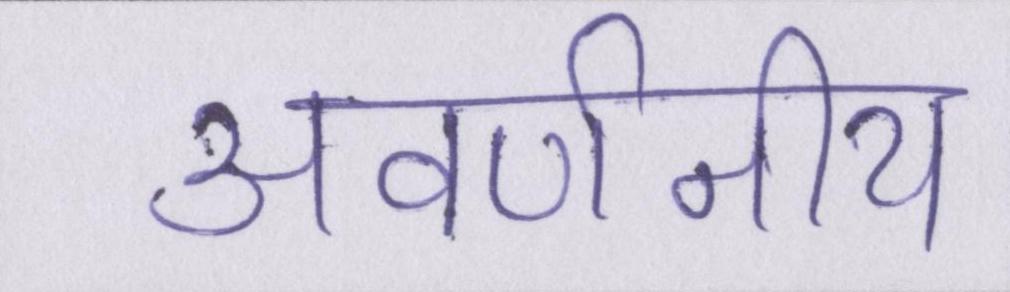
अवर्णनीय